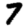
Digit: 7